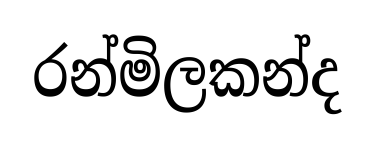
රන්මිලකන්ද